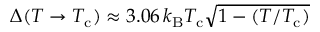
\Delta ( T \to T _ { \mathrm { { c } } } ) \approx 3 . 0 6 \, k _ { \mathrm { { B } } } T _ { \mathrm { { c } } } { \sqrt { 1 - ( T / T _ { \mathrm { { c } } } ) } }